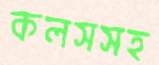
কলসসহ